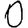
Digit: 0